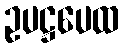
ဥပဋ္ဌပေထ